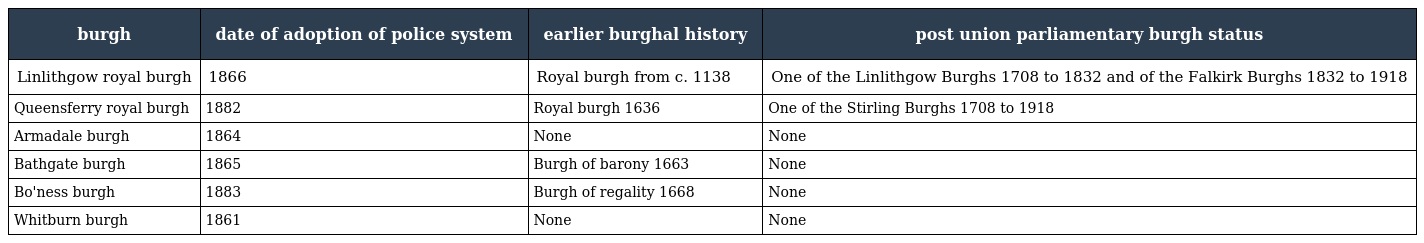
| burgh | date of adoption of police system | earlier burghal history | post union parliamentary burgh status |
 | --- | --- | --- | --- |
 | Linlithgow royal burgh | 1866 | Royal burgh from c. 1138 | One of the Linlithgow Burghs 1708 to 1832 and of the Falkirk Burghs 1832 to 1918 |
 | Queensferry royal burgh | 1882 | Royal burgh 1636 | One of the Stirling Burghs 1708 to 1918 |
 | Armadale burgh | 1864 | None | None |
 | Bathgate burgh | 1865 | Burgh of barony 1663 | None |
 | Bo'ness burgh | 1883 | Burgh of regality 1668 | None |
 | Whitburn burgh | 1861 | None | None |